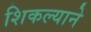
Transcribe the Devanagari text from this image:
शिकल्याने